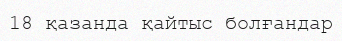
18 қазанда қайтыс болғандар